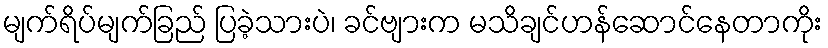
မျက်ရိပ်မျက်ခြည် ပြခဲ့သားပဲ၊ ခင်ဗျားက မသိချင်ဟန်ဆောင်နေတာကိုး